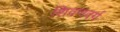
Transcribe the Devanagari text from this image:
शिवणवर्ग